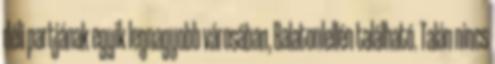
déli partjának egyik legnagyobb városában, Balatonlellén található. Talán nincs